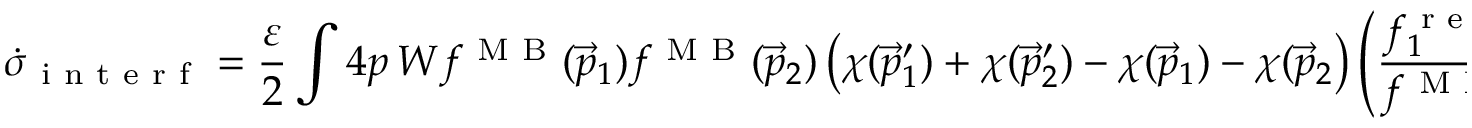
\small \dot { \sigma } _ { \mathrm { ~ i ~ n ~ t ~ e ~ r ~ f ~ } } = \frac { \varepsilon } { 2 } \int \d ^ { 4 } p \, W f ^ { \mathrm { ~ M ~ B ~ } } ( \vec { p } _ { 1 } ) f ^ { \mathrm { ~ M ~ B ~ } } ( \vec { p } _ { 2 } ) \left( \chi ( \vec { p } _ { 1 } ^ { \prime } ) + \chi ( \vec { p } _ { 2 } ^ { \prime } ) - \chi ( \vec { p } _ { 1 } ) - \chi ( \vec { p } _ { 2 } \right) \left( \frac { f _ { 1 } ^ { \mathrm { ~ r ~ e ~ l ~ } } ( \vec { p } _ { 1 } ^ { \prime } ) } { f ^ { \mathrm { ~ M ~ B ~ } } ( \vec { p } _ { 1 } ^ { \prime } ) } + \frac { f _ { 1 } ^ { \mathrm { ~ r ~ e ~ l ~ } } ( \vec { p } _ { 2 } ^ { \prime } ) } { f ^ { \mathrm { ~ M ~ B ~ } } ( \vec { p } _ { 2 } ^ { \prime } ) } - \frac { f _ { 1 } ^ { \mathrm { ~ r ~ e ~ l ~ } } ( \vec { p } _ { 1 } ) } { f ^ { \mathrm { ~ M ~ B ~ } } ( \vec { p } _ { 1 } ) } - \frac { f _ { 1 } ^ { \mathrm { ~ r ~ e ~ l ~ } } ( \vec { p } _ { 2 } ) } { f ^ { \mathrm { ~ M ~ B ~ } } ( \vec { p } _ { 2 } ) } \right) \, ,